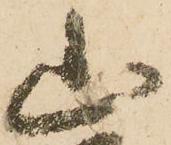
山